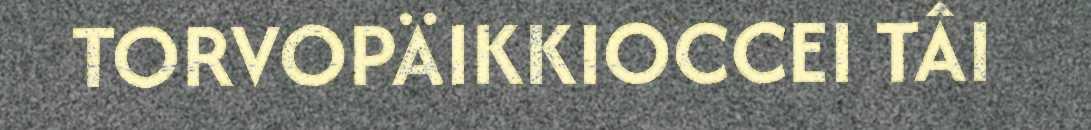
TORVOPÄIKKIOCCEI TÂI